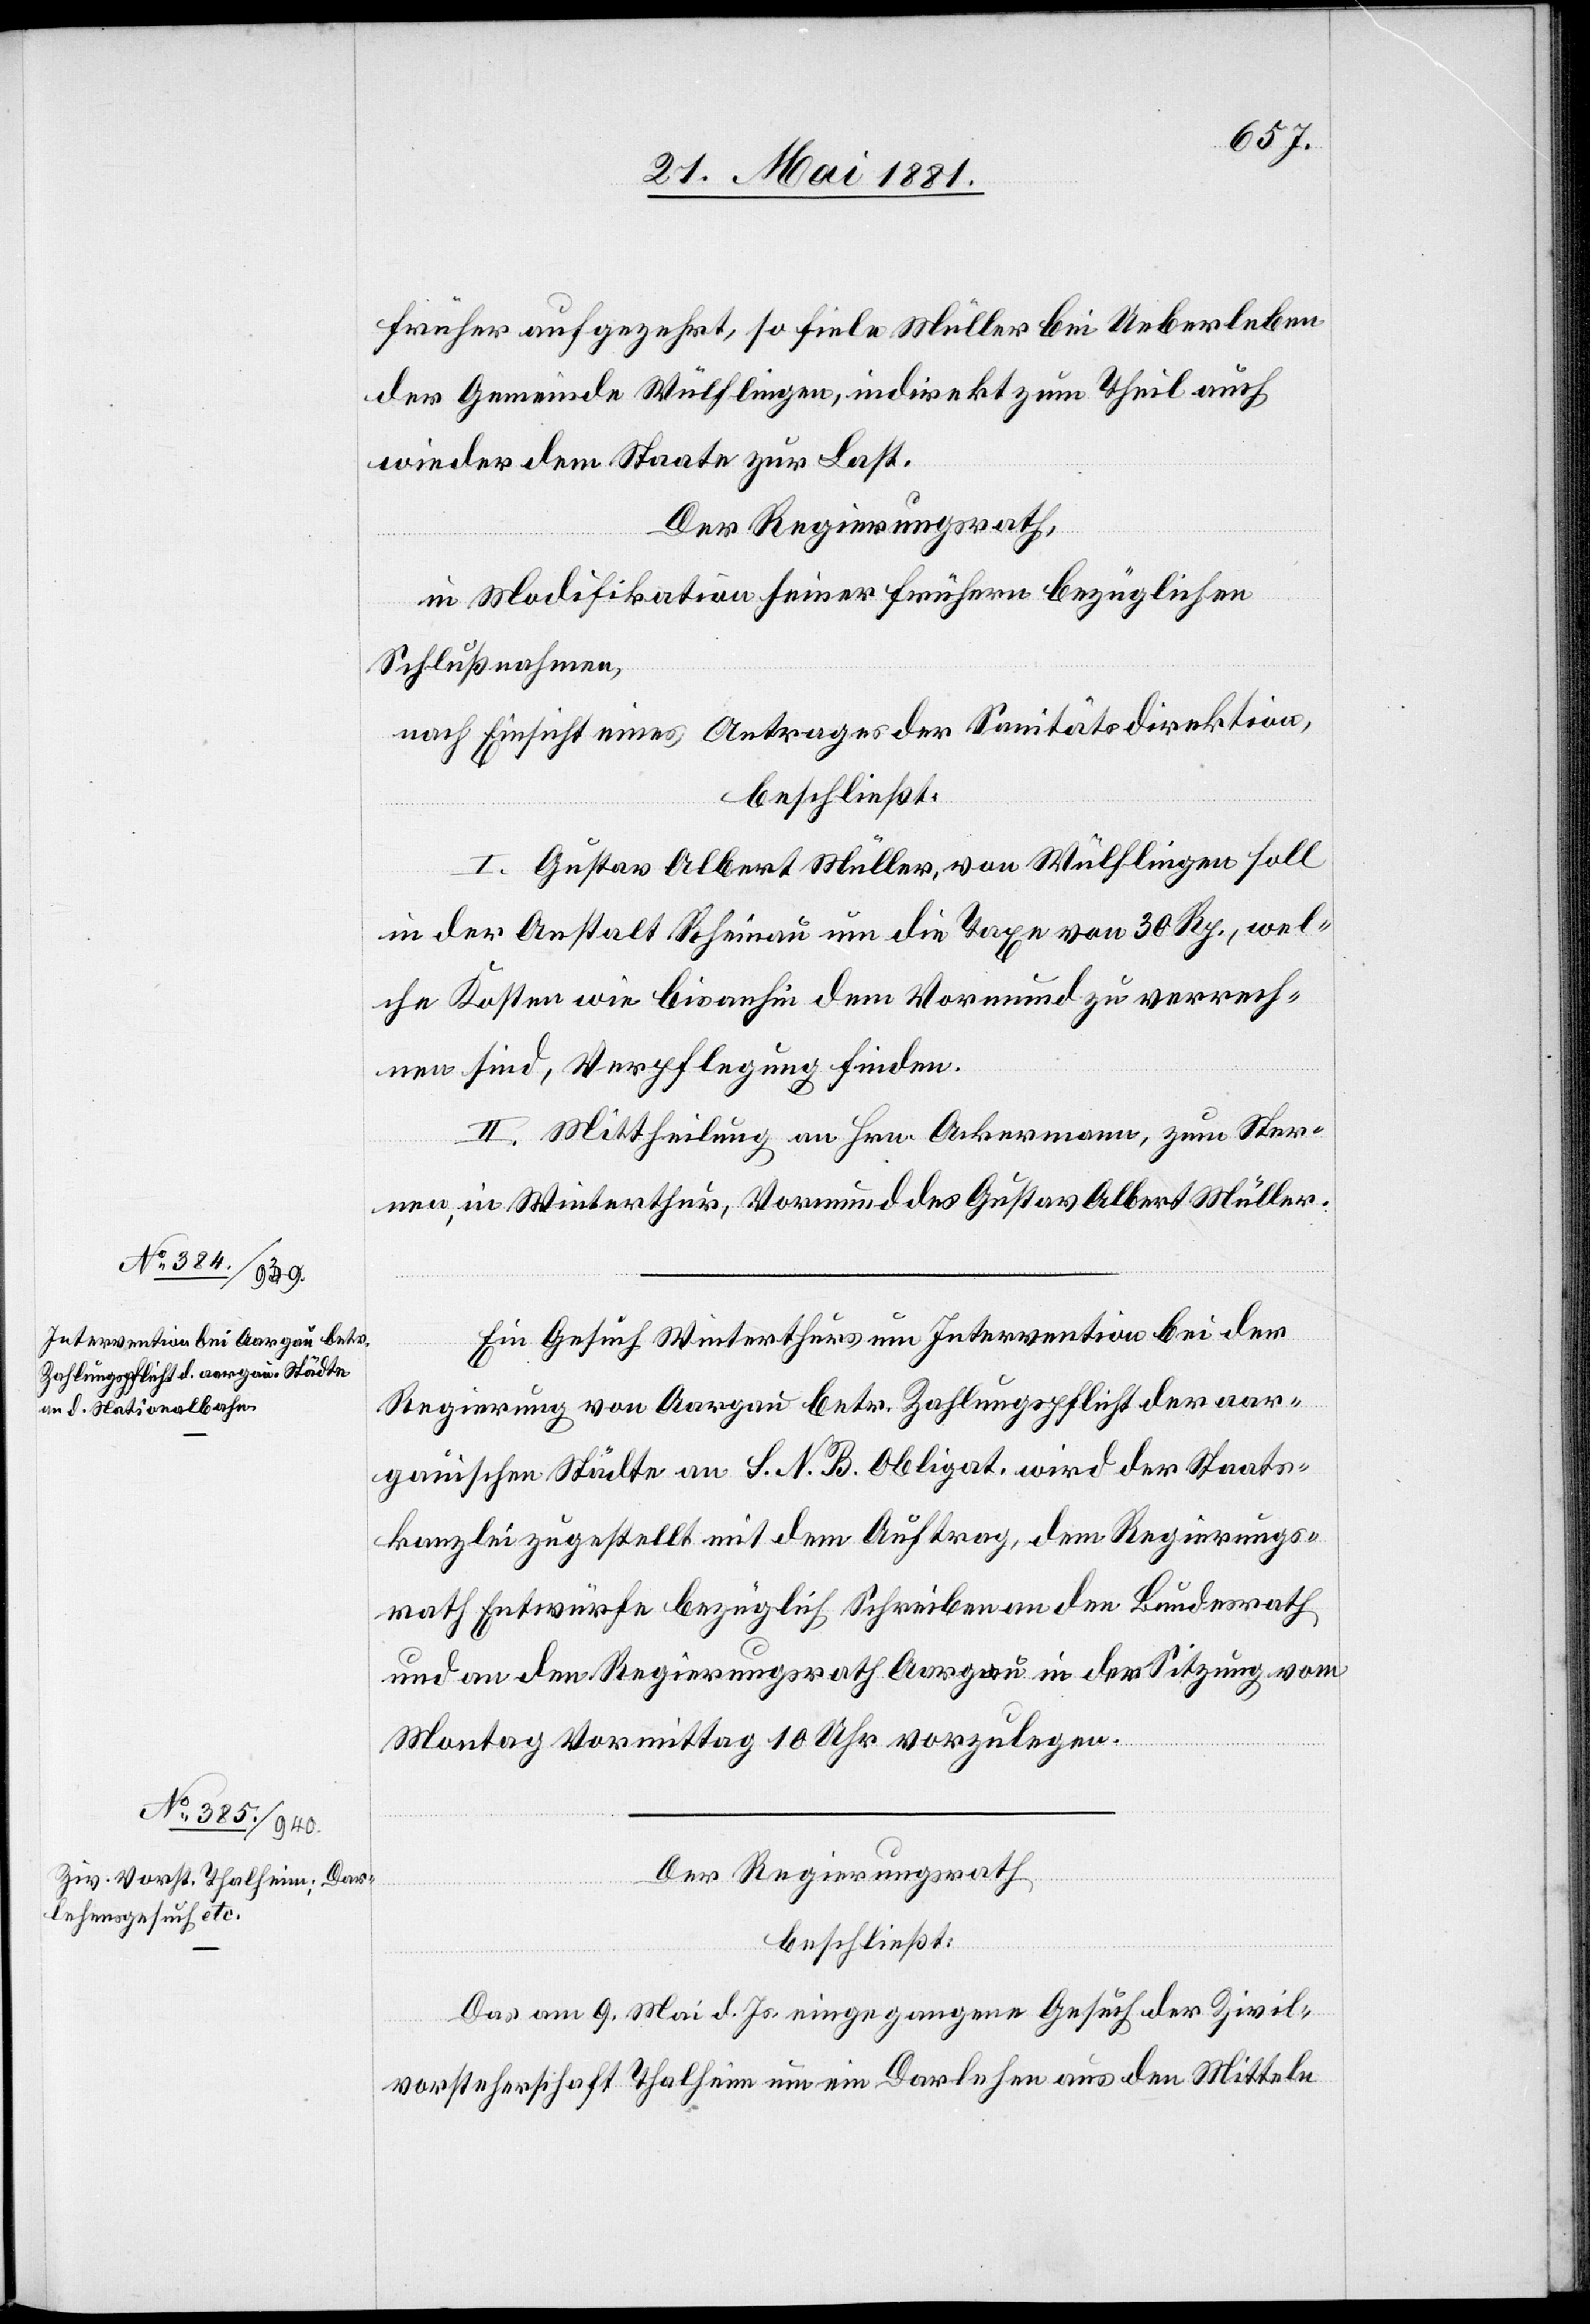
früher aufgezehrt, so fiele Müller bei Ueberleben
der Gemeinde Wülflingen, indirekt zum Theil auch
wieder dem Staate zur Last.
Der Regierungsrath,
in Modifikation seiner frühern bezüglichen
Schlußnahmen,
nach Einsicht eines Antrages der Sanitätsdirektion,
beschließt:
I. Gustav Albert Müller, von Wülflingen soll
in der Anstalt Rheinau um die Tage von 30 Rp., wel¬
che Kosten wie bis anhin dem Vormund zu verrech¬
nen sind, Verpflegung finden.
II. Mittheilung an Hrn. Ackermann, zum Ster¬
nen, in Winterthur, Vormund des Gustav Albert Müller.
Ein Gesuch Winterthurs um Intervention bei der
Regierung von Aargau betr. Zahlungspflicht der aar¬
gauischen Städte an S. N. B. Obligat. wird der Staats¬
kanzlei zugestellt mit dem Auftrag, dem Regierungs¬
rath Entwürfe bezüglich Schreiben an den Bundesrath
und an den Regierungsrath Aargau in der Sitzung vom
Montag Vormittag 10 Uhr vorzulegen.
Der Regierungsrath,
beschließt:
Das am 9. Mai d. Js. eingegangene Gesuch der Zivil¬
vorsteherschaft Thalheim um ein Darlehen aus den Mitteln